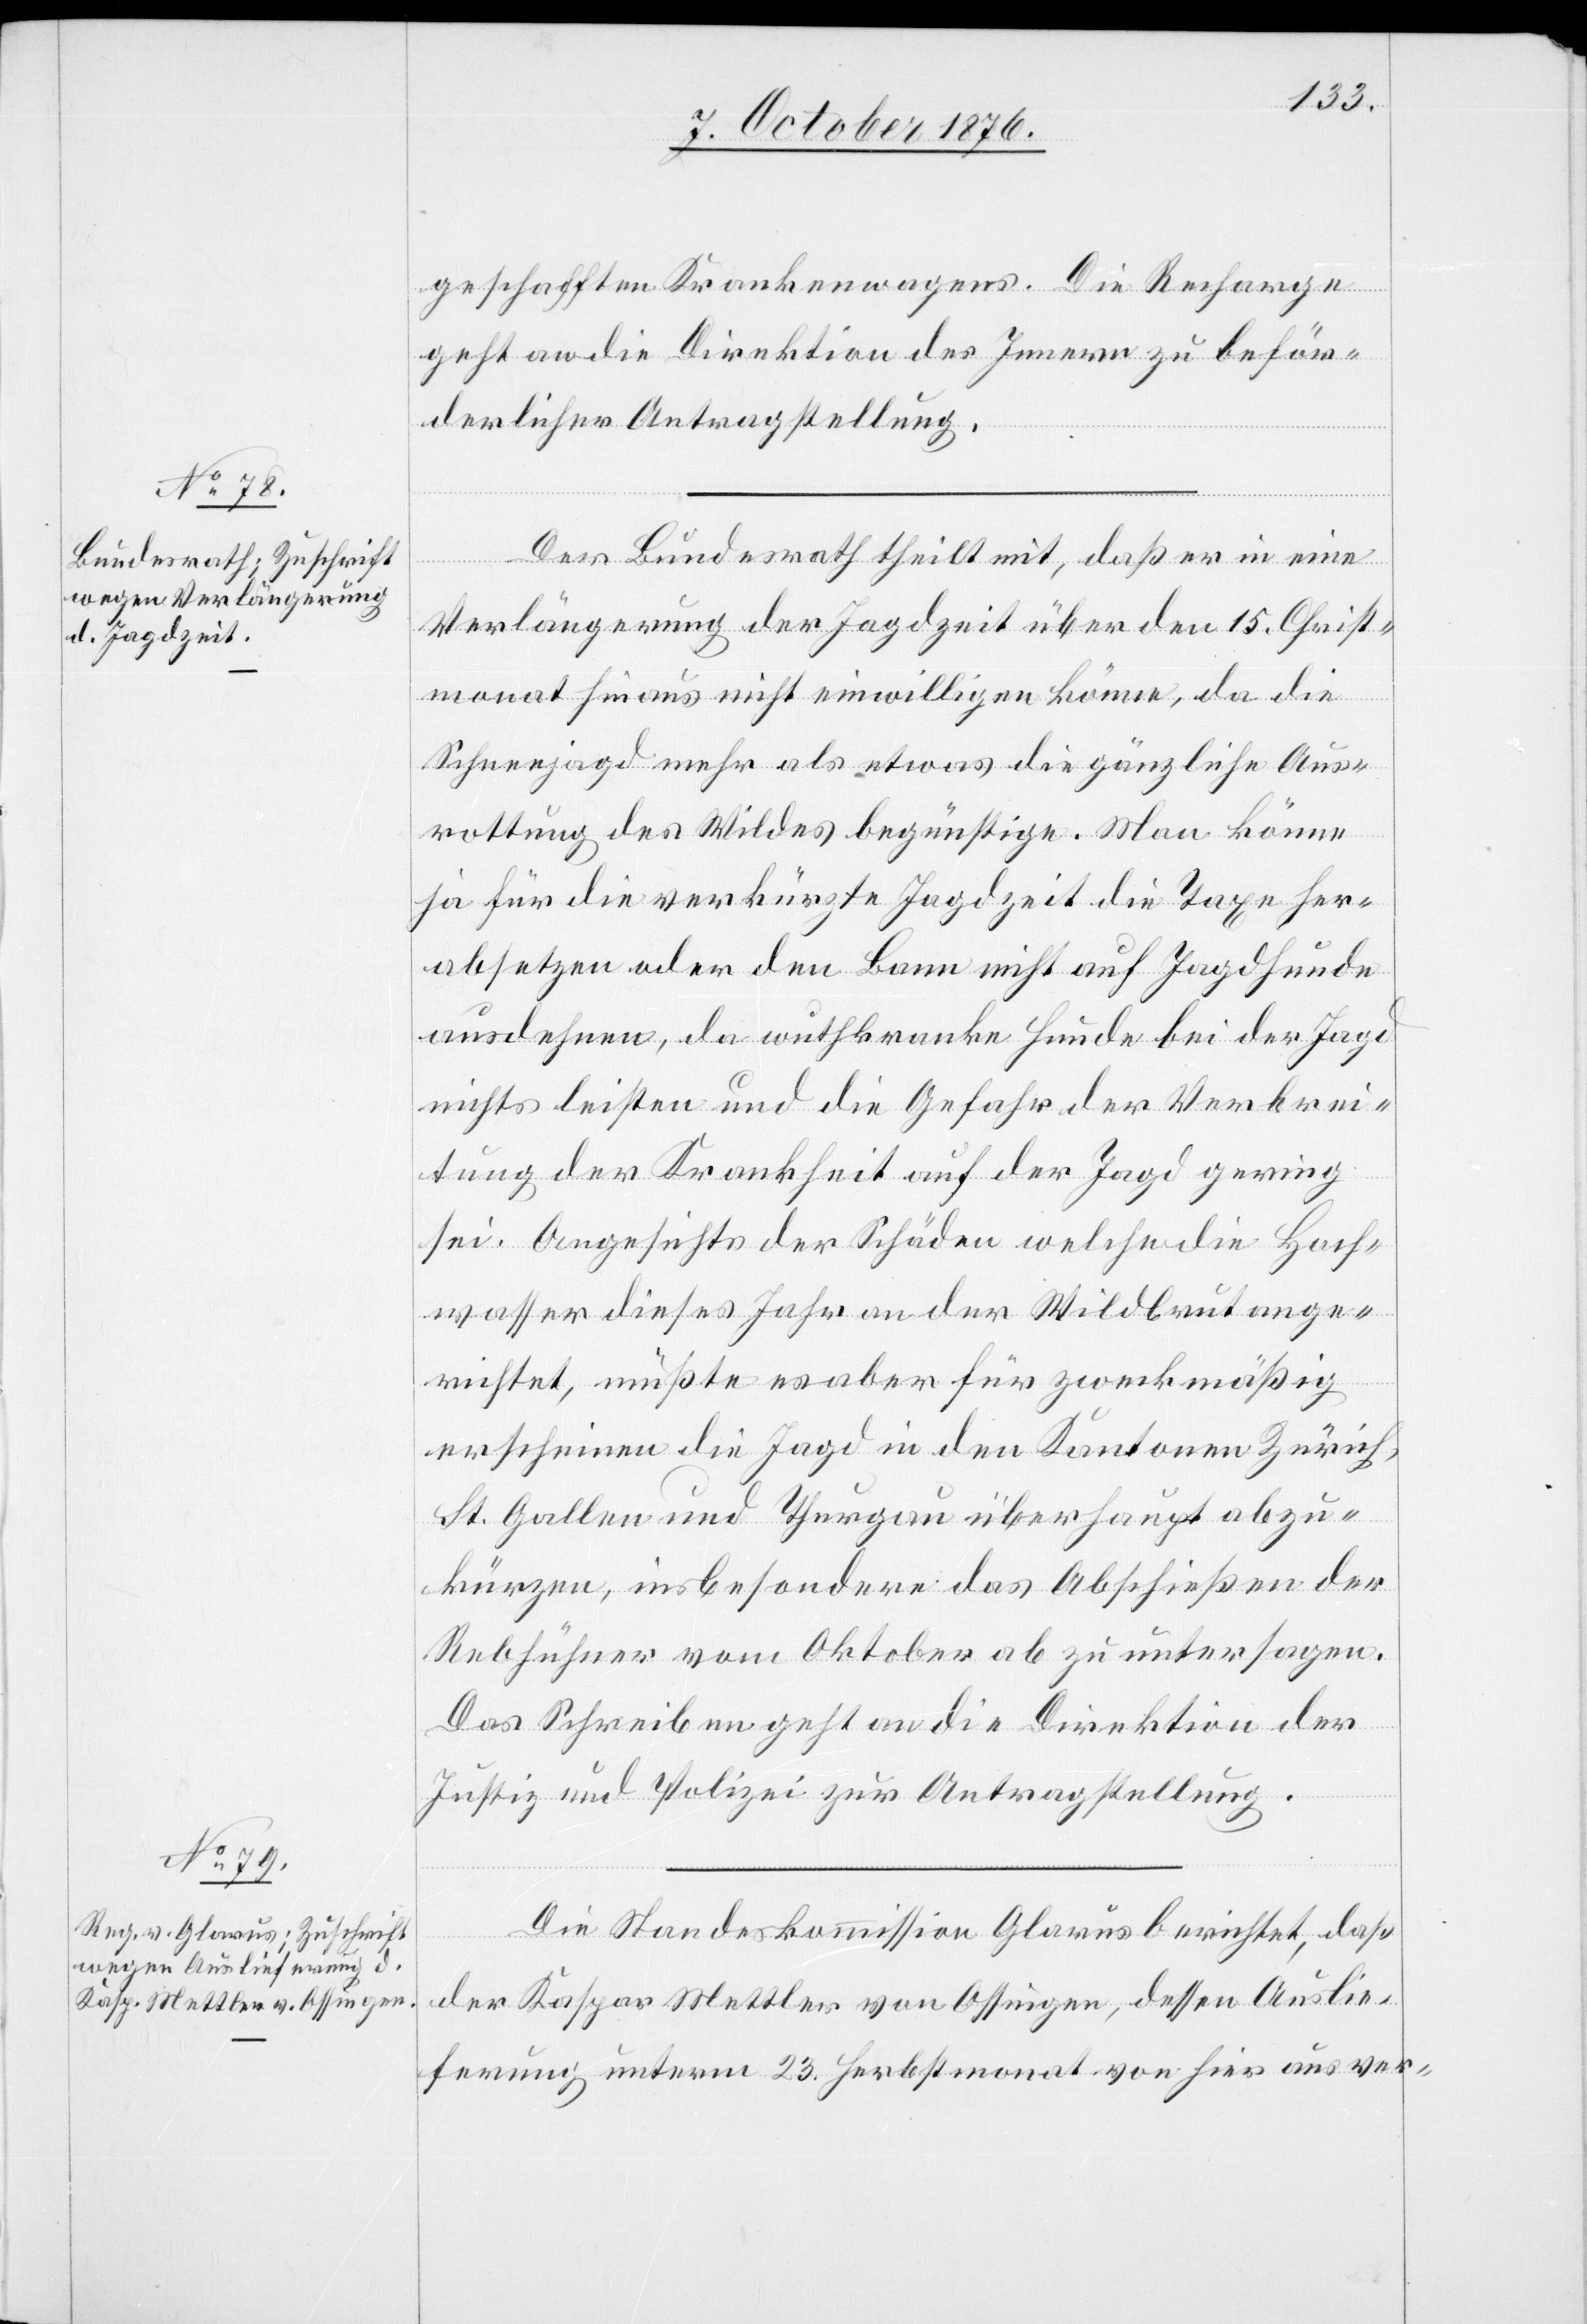
9. October 1876.]
geschafften Krankenwagens. Die Recharge
geht an die Direktion des Innern zu beför¬
derlichen Antragstellung.
Der Bundesrath theilt mit, daß er in eine
Verlängerung der Jagdzeit über den 15. Christ¬
monat hinaus nicht einwilligen könne, da die
Schneejagd mehr als etwas die gänzliche Aus¬
rottung des Wildes begünstige. Man könne
ja für die verkürzte Jagdzeit die Taxe her¬
absetzen oder den Bann nicht auf Jagdhunde
ausdehnen, da wuthkranke Hunde bei der Jagd
nichts leisten und die Gefahr der Verbrei¬
tung der Krankheit auf der Jagd gering
sei. Angesichts der Schäden welche die Hoch¬
wasser dieses Jahr an der Wildbrut ange¬
richtet, müßte es aber für zweckmäßig
erscheinen die Jagd in den Kantonen Zürich,
St. Gallen und Thurgau überhaupt abzu¬
kürzen, insbesondere das Abschießen der
Rebhühner vor. Mts. Oktober ab zu untersagen.
Das Schreiben geht an die Direktion der
Justiz und Polizei zur Antragstellung.
Die Standeskommission Glarus berichtet, daß
der Kaspar Mettler von Ossingen, dessen Auslie¬
ferung unterm 23. Herbstmonat von hier aus ver-